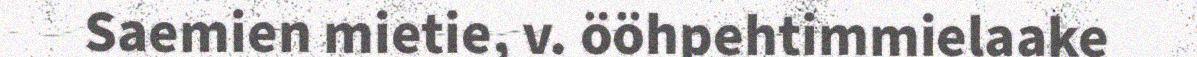
Saemien mietie, v. ööhpehtimmielaake